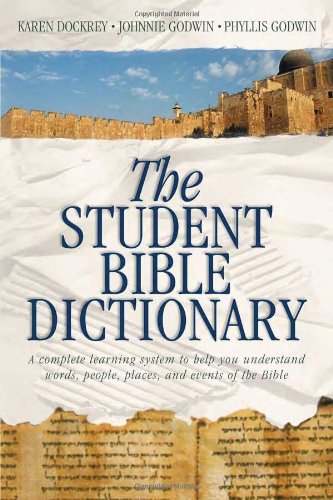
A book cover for The Student Bible Dictionary; Johnnie Godwin; Christian Books & Bibles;